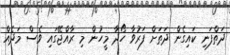
ދަތްފަނި ކައިގެން ދަތަށް ފަރުވާ ހޯދާ މީހުން މި ރާއްޖޭގައި ވެސް މަދެއް